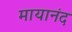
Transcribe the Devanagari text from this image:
मायानंद